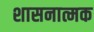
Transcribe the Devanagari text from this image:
शासनात्मक